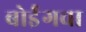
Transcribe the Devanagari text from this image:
बोईंगचा